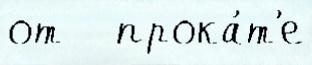
от   прока́т'е